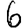
Digit: 6